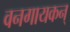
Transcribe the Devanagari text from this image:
वनगायकन्